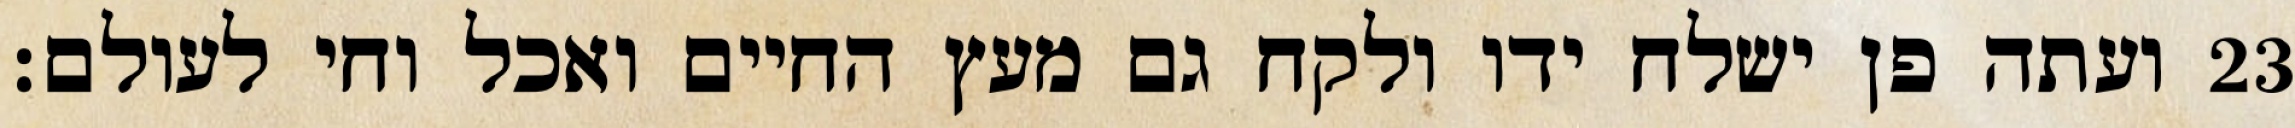
ועתה פן ישלח ידו ולקח גם מעץ החיים ואכל וחי לעולם׃ ‎23‏